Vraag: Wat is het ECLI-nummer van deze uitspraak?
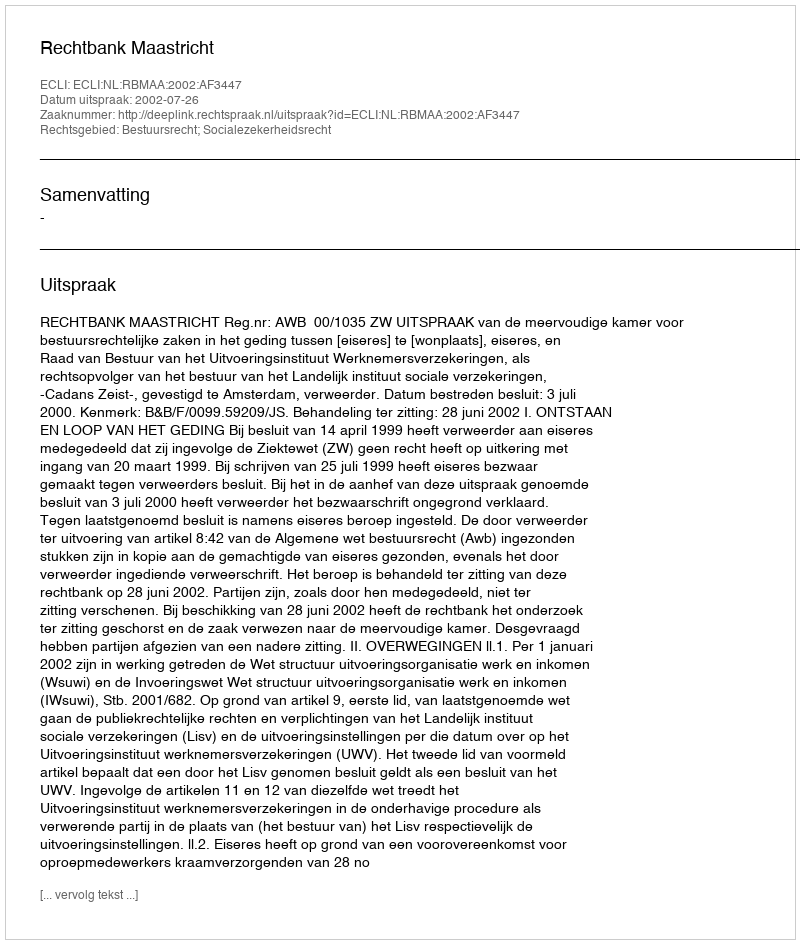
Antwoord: ECLI:NL:RBMAA:2002:AF3447